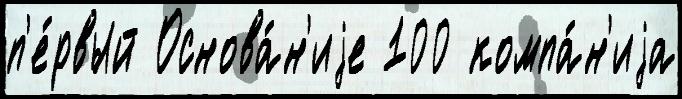
п'е́рвый Основа́н'иjе 100 компа́н'иjа